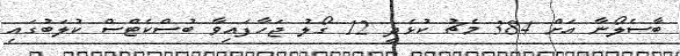
ބާސެލޯނާ އަށް 384 މެޗު ކުޅެދީ 12 ގޯލު ޖަހާފައިވާ ބުސްކެޓްސް ކުލަބުގައި